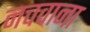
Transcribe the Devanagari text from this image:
नचवाना